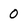
Character: 0